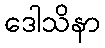
ဒေါသိနာ